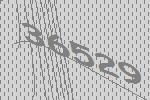
36529